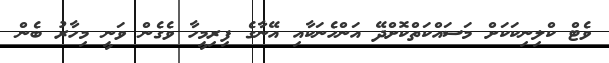
ވެޓް ކްލިނިކަކަށް މަސައްކަތްކޮށްދޭ އަންހެނަކާއި އޭނާގެ ފިރިމީހާ ވެގެން ވަނީ މިހާރު ބެން